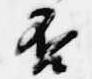
否